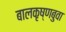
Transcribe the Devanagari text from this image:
बालकृष्णबुवा